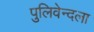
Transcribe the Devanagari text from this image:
पुलिवेन्दला